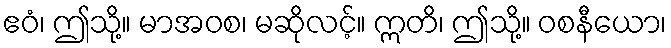
ဧဝံ၊ ဤသို့။ မာအဝစ၊ မဆိုလင့်။ ဣတိ၊ ဤသို့။ ဝစနီယော၊